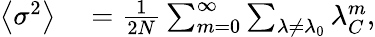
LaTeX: \begin{array}{rl}{\left\langle\sigma^{2}\right\rangle}&{{}=\frac{1}{2N}\sum_{m=0}^{\infty}\sum_{\lambda\neq\lambda_{0}}{\lambda_{C}^{m}},}\end{array}